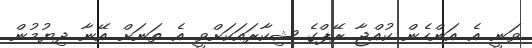
ވަނީ އެ އަންހެން ކުއްޖާ ރޭޕްގެ ޝިކާރައަކަށްވީ އެ ތަނަށް އޭނާ ދިޔުމުން